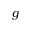
g